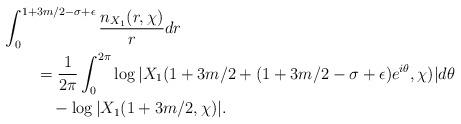
LaTeX: \begin{align*}&\int_0^{1+3m/2-\sigma+\epsilon} \frac{n_{X_1}(r,\chi)}{r} dr \\&\quad\quad= \frac{1}{2\pi} \int_0^{2\pi} \log{ |X_1( 1+3m/2 + (1+3m/2-\sigma+\epsilon)e^{i\theta}, \chi )| } d\theta \\&\quad\quad\quad- \log{|X_1(1+3m/2, \chi)|}.\end{align*}